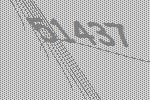
51437